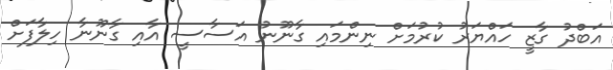
އަބްދު ގާޒީ ހައްޔަރު ކުރުމަށް ނިންމައި ގާނޫނު އަސާސީ އާއި ގާނޫނާ ހިލާފަށް